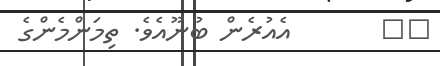
٢٩       އެއުރެން ބުނޫއެވެ. ތިމަންމެންގެ